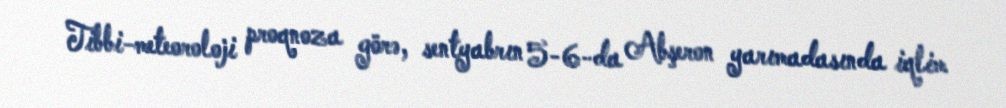
Tibbi-meteoroloji proqnoza görə, sentyabrın 5-6-da Abşeron yarımadasında iqlim